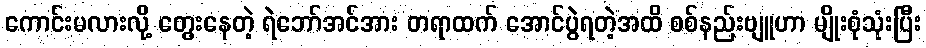
ကောင်းမလားလို့ တွေးနေတဲ့ ရဲဘော်အင်အား တရာထက် အောင်ပွဲရတဲ့အထိ စစ်နည်းဗျူဟာ မျိုးစုံသုံးပြီး